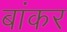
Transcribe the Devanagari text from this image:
बांकर